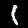
Label: 1